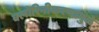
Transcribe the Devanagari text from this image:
क्लोरिनीकरणामुळे